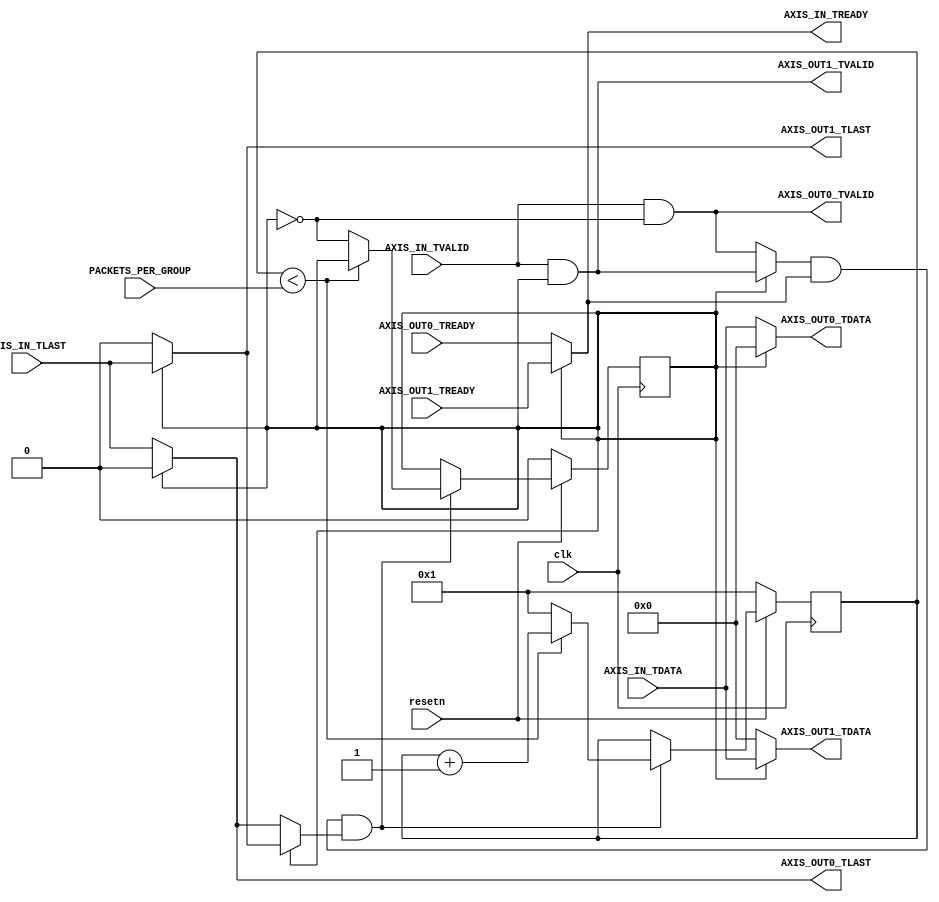

//====================================================================================
//                        ------->  Revision History  <------
//====================================================================================
//
//   Date     Who   Ver  Changes
//====================================================================================
// 30-Nov-23  DWW     1  Initial creation
//====================================================================================

/*
    This modules reads packets from an input stream, and writes a group of packets
    to output stream #1, then writes a group to output stream #2, then another
    group to output stream #1, etc.
*/

module axis_pingpong #
(
    parameter STREAM_WBITS = 512
)
(
    input clk, resetn,

    //=========================   The input stream   ===========================
    input [STREAM_WBITS-1:0] AXIS_IN_TDATA,
    input                    AXIS_IN_TVALID,
    input                    AXIS_IN_TLAST,
    output                   AXIS_IN_TREADY,
    //==========================================================================


    //=========================   Output Stream #1   ===========================
    output [STREAM_WBITS-1:0] AXIS_OUT0_TDATA,
    output                    AXIS_OUT0_TLAST,
    output                    AXIS_OUT0_TVALID,
    input                     AXIS_OUT0_TREADY,
    //==========================================================================


    //=========================   Output Stream #2   ===========================
    output [STREAM_WBITS-1:0] AXIS_OUT1_TDATA,
    output                    AXIS_OUT1_TLAST,
    output                    AXIS_OUT1_TVALID,
    input                     AXIS_OUT1_TREADY,
    //==========================================================================

    input[31:0] PACKETS_PER_GROUP
);

// This selects which output stream we're writing to
reg output_select;

// The output TDATA and TLAST are driven directly from the input stream
assign AXIS_OUT0_TDATA = (output_select == 0) ? AXIS_IN_TDATA : 0;
assign AXIS_OUT1_TDATA = (output_select == 1) ? AXIS_IN_TDATA : 0;
assign AXIS_OUT0_TLAST = (output_select == 0) ? AXIS_IN_TLAST : 0;
assign AXIS_OUT1_TLAST = (output_select == 1) ? AXIS_IN_TLAST : 0;

// The output TVALID is driven by the input TVALID, gated by "output_select"
assign AXIS_OUT0_TVALID = AXIS_IN_TVALID & (output_select == 0);
assign AXIS_OUT1_TVALID = AXIS_IN_TVALID & (output_select == 1);

// The TREADY signal on the input stream is driven by one of the output streams
assign AXIS_IN_TREADY = (output_select == 0) ? AXIS_OUT0_TREADY : AXIS_OUT1_TREADY;

// Create some convenient shortcuts to the output TVALID, TLAST, and TREADY
wire axis_out_tvalid = (output_select == 0) ? AXIS_OUT0_TVALID : AXIS_OUT1_TVALID;
wire axis_out_tlast  = (output_select == 0) ? AXIS_OUT0_TLAST  : AXIS_OUT1_TLAST;
wire axis_out_tready = (output_select == 0) ? AXIS_OUT0_TREADY : AXIS_OUT1_TREADY;

//--------------------------------------------------------------------------
// This state machine watches for the handshake on the last data-cycle of
// outgoing packets.  Every PACKETS_PER_GROUP packets, it switches the
// "output_select" register from 0 to 1 (or vice-versa)
//--------------------------------------------------------------------------
reg[15:0] counter;

always @(posedge clk) begin

    // If we're in reset, clear the counter and output_select to known values
    if (resetn == 0) begin
        counter       <= 1;
        output_select <= 0;
    
    // Otherwise, we're not in reset, so...
    end else begin

        // If this is the end-of-packet handshake on the output....
        if (axis_out_tvalid & axis_out_tready & axis_out_tlast) begin
            
            // If this is the last packet in this group, start outputtting
            // on the other output stream.
            if (counter < PACKETS_PER_GROUP)
                counter       <= counter + 1;
            else begin
                counter       <= 1;
                output_select <= ~output_select;
            end
        end
    end
end
//--------------------------------------------------------------------------

endmodule